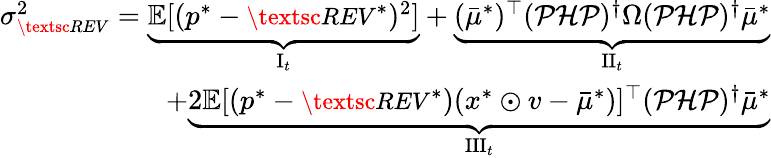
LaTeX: \begin{array}{r}{\sigma_{\small\textsc{{REV}}}^{2}=\underbrace{{\mathbb E}[(p^{*}-{\small\textsc{{REV}}}^{*})^{2}]}_{{\mathrm{{I}}}_{t}}+\underbrace{({\bar{\mu}^{*}})^{\top}({\mathcal{P}}{\mathcal{H}}{\mathcal{P}})^{\dagger}\Omega({\mathcal{P}}{\mathcal{H}}{\mathcal{P}})^{\dagger}{\bar{\mu}^{*}}}_{{\mathrm{{II}}}_{t}}}\\ {+\underbrace{2{\mathbb E}[(p^{*}-{\small\textsc{{REV}}}^{*})(x^{*}\odot v-{\bar{\mu}^{*}})]^{\top}({\mathcal{P}}{\mathcal{H}}{\mathcal{P}})^{\dagger}{\bar{\mu}^{*}}}_{{\mathrm{{III}}}_{t}}}\end{array}